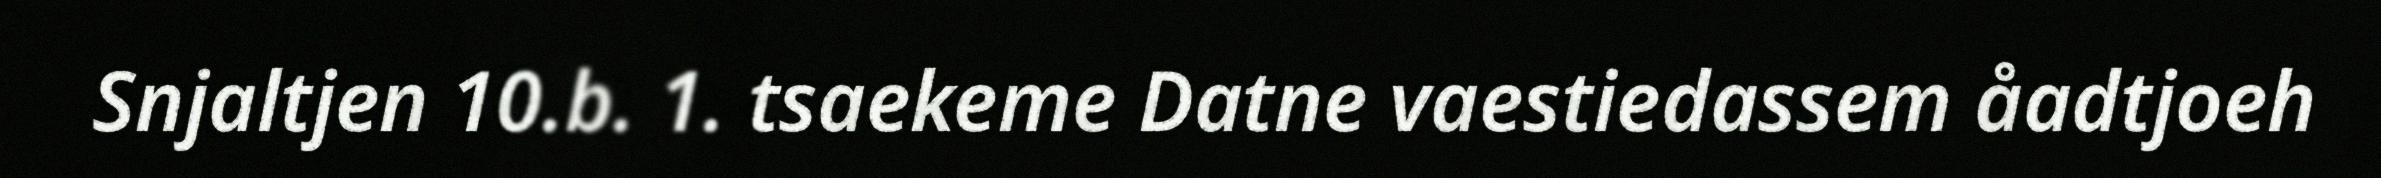
Snjaltjen 10.b. 1. tsaekeme Datne vaestiedassem åadtjoeh